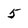
Character: 5